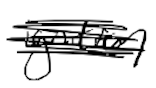
Text: ignition
Cross-out: scratch
Writing tool: digital_black